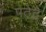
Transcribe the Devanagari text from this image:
पठेद्वै